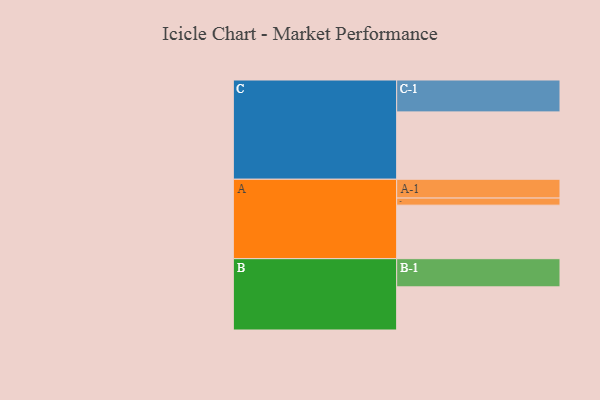
{"axis": {"x": "Segment", "y": "Value"}, "legend": ["", "A", "B", "C"], "data": [{"x": "A", "y": 475, "type": ""}, {"x": "B", "y": 383, "type": ""}, {"x": "C", "y": 598, "type": ""}, {"x": "A-1", "y": 167, "type": "A"}, {"x": "A-2", "y": 63, "type": "A"}, {"x": "B-1", "y": 250, "type": "B"}, {"x": "C-1", "y": 283, "type": "C"}]}